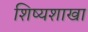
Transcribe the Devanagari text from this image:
शिष्यशाखा